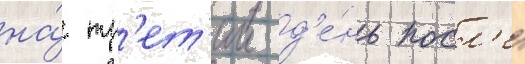
на́ тр'ет'ии д'е́нь посл'е